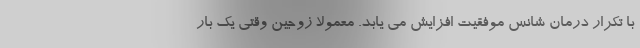
با تکرار درمان شانس موفقیت افزایش می یابد. معمولا زوجین وقتی یک بار